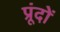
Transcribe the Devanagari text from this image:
प्रूंदों